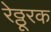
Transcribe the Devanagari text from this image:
रेठ्ठूरक